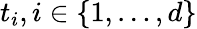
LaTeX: t_{i},i\in\{ 1,\ldots,d\}